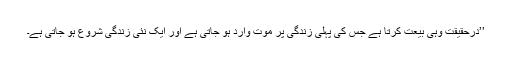
’’درحقیقت وہی بیعت کرتا ہے جس کی پہلی زندگی پر موت وارد ہو جاتی ہے اور ایک نئی زندگی شروع ہو جاتی ہے۔